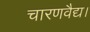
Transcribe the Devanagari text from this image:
चारणवैद्य।